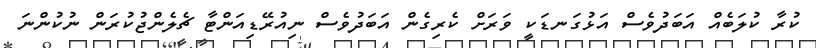
ކުރާ ކުލަބެއް އަބަދުވެސް އަޅުގަނޑަކީ ވަރަށް ކެރިގެން އަބަދުވެސް ނިއުރޭޑިއަންޓާ ޗެލެންޖުކުރަން ނުކުންނަ